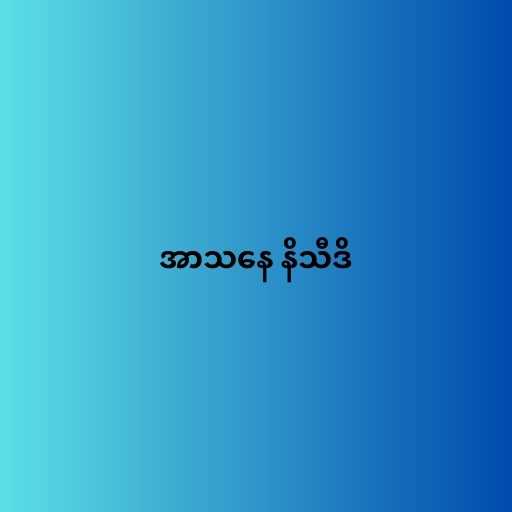
အာသနေ နိသီဒိ